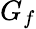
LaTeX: G_{f}